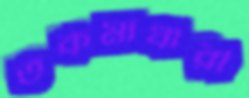
তকমাধারী